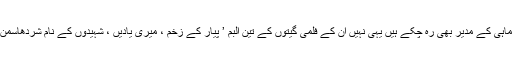
وہ ذخیرہ ‘ نامی سہ ماہی کے مدیر بھی رہ چکے ہیں یہی نہیں ان کے فلمی گیتوں کے تین البم ’ پیار کے زخم ، میری یادیں ، شہیدوں کے نام شردھاسُمن ‘ مشہور ہوئے ہیں ۔